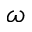
\omega